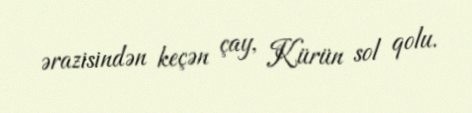
ərazisindən keçən çay, Kürün sol qolu.